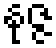
နုဇ္ဇ